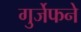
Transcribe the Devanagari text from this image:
गुर्जेफने